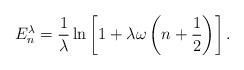
LaTeX: \begin{align*}E^\lambda_n = {1\over\lambda}\ln \left[ 1+\lambda\omega\left(n+{1\over 2}\right) \right].\end{align*}